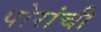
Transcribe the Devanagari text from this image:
पोरांची